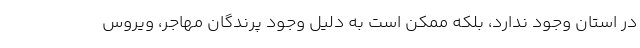
در استان وجود ندارد، بلکه ممکن است به دلیل وجود پرندگان مهاجر، ویروس